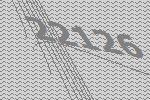
22126